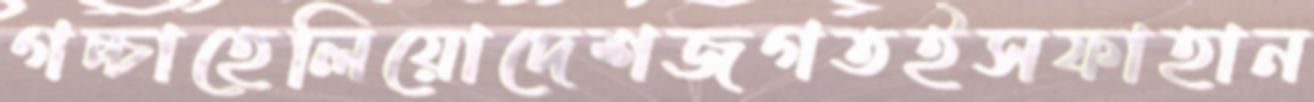
গচ্চাহেলিয়োদেশজগতইসফাহান